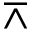
\barwedge